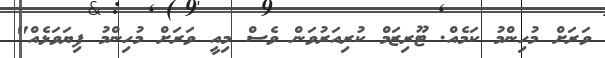
ވަރަށް މުހިންމު ކަމެއް. ޓޫރިޒަމް ކުރިއަރުވަން ވެސް މިއީ ވަރަށް މުހިންމު ފިޔަވަޅެއް"